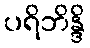
ပရိဘိန္ဒိ